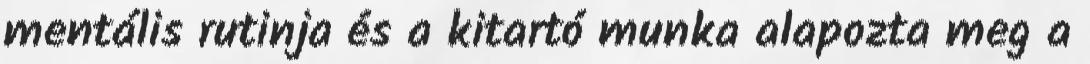
mentális rutinja és a kitartó munka alapozta meg a